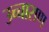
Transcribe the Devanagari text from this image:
उच्चाराण